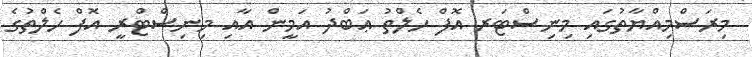
މިރަސްމިއްޔާތުގައި މިނިސްޓަރ އޮފް ހެލްތު ޢަބްދު އަމީން އާއި މިނިސްޓްރީ އޮފް ހެލްތުގެ